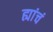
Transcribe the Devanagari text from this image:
ह्यांचं